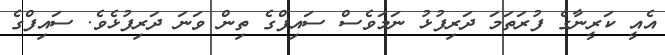
އެއީ ކަރީނާގެ ފުރަތަމަ ދަރިފުޅު ނަމަވެސް ސައިފްގެ ތިން ވަނަ ދަރިފުޅެވެ. ސައިފްގެ